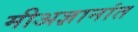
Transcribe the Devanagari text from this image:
मीअज्ञानांत